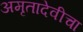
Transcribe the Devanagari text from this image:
अमृतादेवीचा